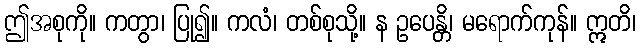
ဤအစုကို။ ကတွာ၊ ပြု၍။ ကလံ၊ တစ်စုသို့။ န ဥပေန္တိ၊ မရောက်ကုန်။ ဣတိ၊